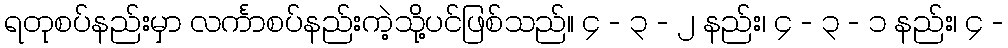
ရတုစပ်နည်းမှာ လင်္ကာစပ်နည်းကဲ့သို့ပင်ဖြစ်သည်။ ၄ - ၃ - ၂ နည်း၊ ၄ - ၃ - ၁ နည်း၊ ၄ -